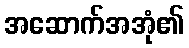
အဆောက်အအုံ၏